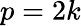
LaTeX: p=2k